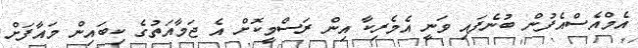
އެމްއެސްއެފުން ބުނެފައި ވަނީ އެމެރިކާ އިން ރަސްމީކޮށް އެ ޖަމާއަތުގެ ކިބައިން މައާފަށް